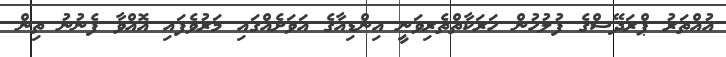
އުއްތަރު ޕްރަދޭޝްގެ ފުލުހުން ހަރަކާތްތެރިވަނީ އިންޑިއާގެ އަވަށެއްގައި މަރުވެފައި އޮއްވާ ފެނުނު ތިން